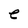
Character: e